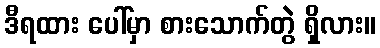
ဒီရထား ပေါ်မှာ စားသောက်တွဲ ရှိလား။